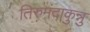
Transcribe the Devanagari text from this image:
तिरुमंदाकुन्नु